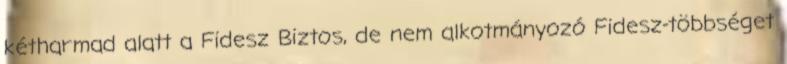
kétharmad alatt a Fidesz Biztos, de nem alkotmányozó Fidesz-többséget